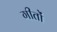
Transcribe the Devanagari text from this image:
गीतों